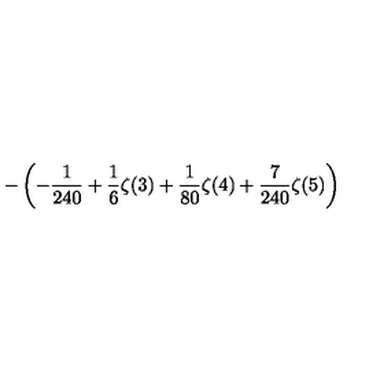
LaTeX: \displaystyle - \left( - \frac { 1 } { 2 4 0 } + \frac { 1 } { 6 } \zeta ( 3 ) + \frac { 1 } { 8 0 } \zeta ( 4 ) + \frac { 7 } { 2 4 0 } \zeta ( 5 ) \right)